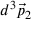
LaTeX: d ^ { 3 } { \vec { p } } _ { 2 }